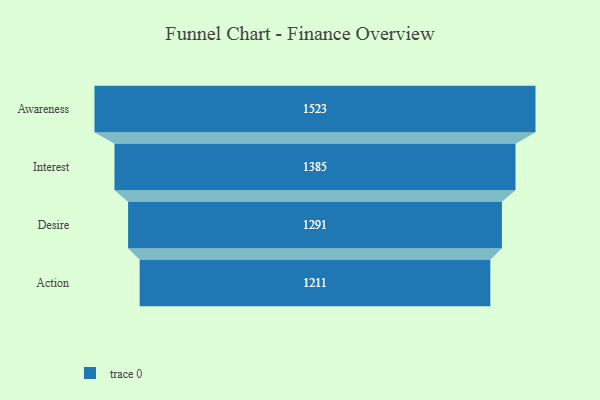
{"axis": {"x": "Stage", "y": "Value"}, "legend": [""], "data": [{"x": "Awareness", "y": 1523.0, "type": ""}, {"x": "Interest", "y": 1385.0, "type": ""}, {"x": "Desire", "y": 1291.0, "type": ""}, {"x": "Action", "y": 1211.0, "type": ""}]}